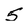
Character: 5